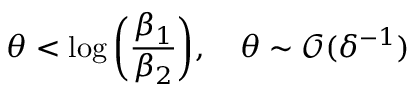
\theta < \log { \left( \frac { \beta _ { 1 } } { \beta _ { 2 } } \right) } , \quad \theta \sim \mathcal { O } ( \delta ^ { - 1 } )